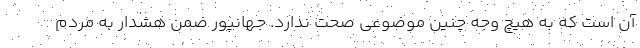
آن است که به هیچ وجه چنین موضوعی صحت ندارد. جهانپور ضمن هشدار به مردم